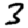
Digit: 3